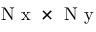
\mathrm { ~ N ~ x ~ } \times \mathrm { ~ N ~ y ~ }